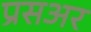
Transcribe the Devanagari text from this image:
प्रसअर